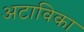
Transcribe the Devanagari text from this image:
अटाविका